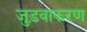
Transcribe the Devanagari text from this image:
जुड़वाकरण